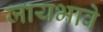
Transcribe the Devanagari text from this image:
जायभावे